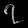
Digit: ၇